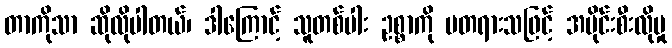
တာကိုသာ ဆိုလိုပါတယ်၊ ဒါကြောင့် သူတစ်ပါး ဥစ္စာကို မတရားသဖြင့် အပိုင်းစီးလိုမှု